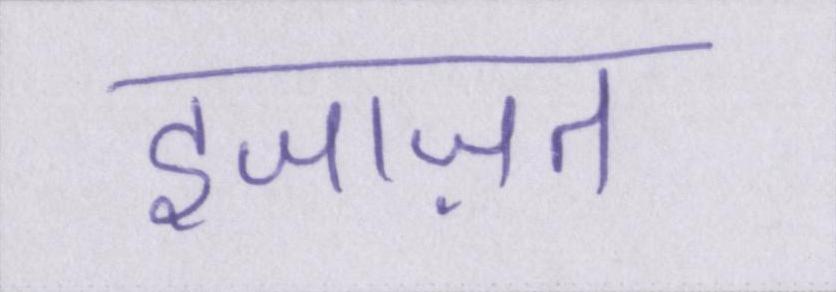
इजाज़त